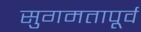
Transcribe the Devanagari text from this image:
सुगमतापूर्व